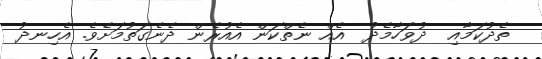
ތެދުކަމާއި  ދުވަހާމެދު  އެއް ނެތްކަން އެއުރެން ދެނެގަތުމަށެވެ. އެހިނދު